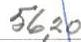
56,20